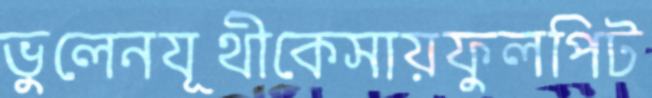
ভুলেনযূথীকেসায়ফুলপিট